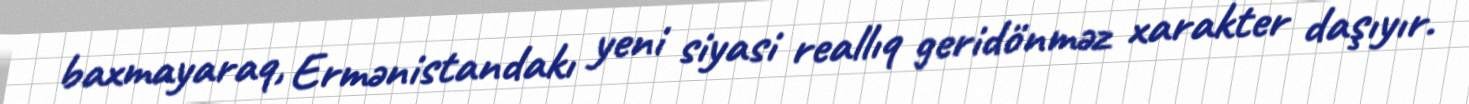
baxmayaraq, Ermənistandakı yeni siyasi reallıq geridönməz xarakter daşıyır.